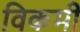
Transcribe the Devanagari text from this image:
विकमी